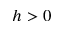
h > 0